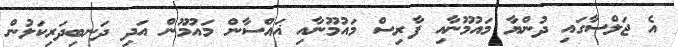
އެ ޖަލްސާގައި ދުންޔާ މައުމޫނާއި ފާރިސް މައުމޫނާއި ޣައްސާން މައުމޫން އަދި ދަނބިދަރިކަލުން